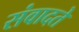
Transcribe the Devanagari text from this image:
संवादते